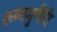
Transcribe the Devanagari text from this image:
कण्वमुनींनी